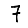
Digit: 7